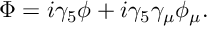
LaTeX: \Phi = i \gamma _ { 5 } \phi + i \gamma _ { 5 } \gamma _ { \mu } \phi _ { \mu } .